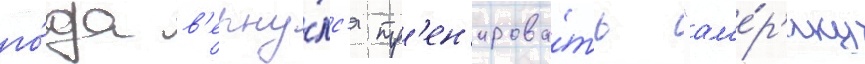
го́да в'ерну́лс'я тр'ен'ирова́ть "ам'е́р'ику